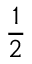
\frac { 1 } { 2 }